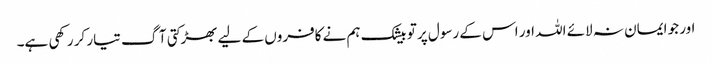
اور جو ایمان نہ لائے اللہ اور اس کے رسول پر تو بیشک ہم نے کافروں کے لیے بھڑکتی آگ تیار کر رکھی ہے۔